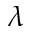
\lambda